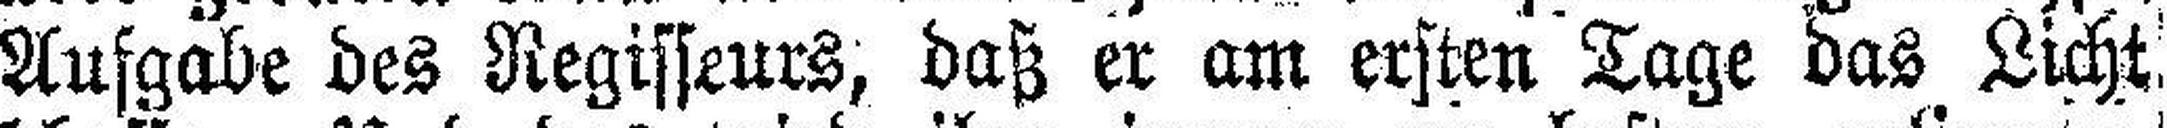
Aufgabe des Regisseurs, daß er am ersten Tage das Licht